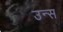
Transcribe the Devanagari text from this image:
उन्स